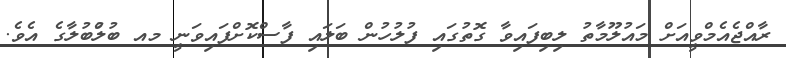
ރާއްޖެއެމްވީއަށް މައުލޫމާތު ލިބިފައިވާ ގޮތުގައި ފުލުހުން ބަލައި ފާސްކޮށްފައިވަނީ މއ ބުލުްބުލާގެ އެވެ.